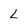
Character: l